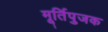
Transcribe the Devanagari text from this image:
मूर्तिपुजक